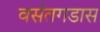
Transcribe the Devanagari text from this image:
वसंतगडास